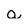
Character: a